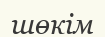
шөкім